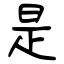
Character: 是